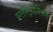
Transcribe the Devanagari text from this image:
इलैक्ट्रानिकल